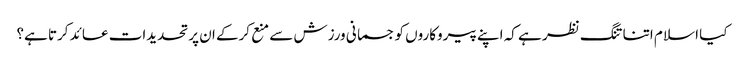
کیا اسلا م اتنا تنگ نظر ہے کہ اپنے پیروکاروں کو جسمانی ورزش سے منع کرکے ان پر تحدیدات عائد کرتا ہے؟